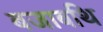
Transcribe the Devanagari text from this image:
बजाबथि